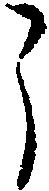
う